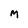
Character: M